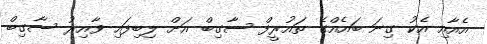
އެއާއި އެކު ގިނަ ބައެއްގެ ތައުރީފް ސާގިބް އަށް ލިބިފައި ވާއިރު ސާގިބް